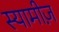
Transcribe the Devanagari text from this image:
स्यामीज़